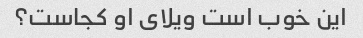
این خوب است ویلای او کجاست؟